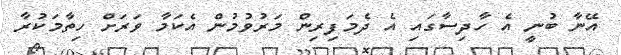
އޭނާ ބުނީ އެ ހާދިސާގައި އެ ދެމަފިރިން މަރުވުމުން އެކަމާ ވަރަށް ހިތާމަކުރާ